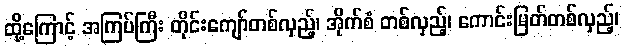
ထို့ကြောင့် အကြပ်ကြီး တိုင်းကျော်တစ်လှည့်၊ အိုက်စံ တစ်လှည့်၊ ကောင်းမြတ်တစ်လှည့်၊